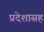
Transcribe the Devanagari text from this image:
प्रदेशासह